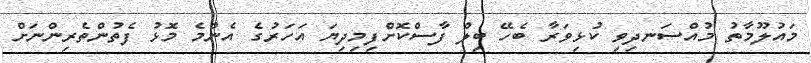
މައުލޫމާތު މުއްސަނދިވި ކުޅިވަރާ ބެހޭ ބިލް ފާސްކޮށްފިމިދިޔަ އަހަރުގެ އެންމެ މޮޅު ފެތުންތެރިންނަށް